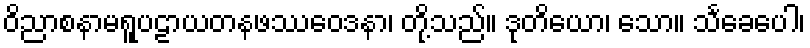
ဝိညာစနာမရူပဠာယတနဖဿဝေဒနာ၊ တို့သည်။ ဒုတိယော၊ သော။ သင်္ခေပေါ၊